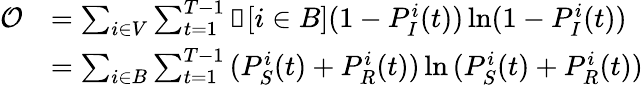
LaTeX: \begin{array}{rl}{\mathcal{O}}&{=\sum_{i\in V}\sum_{t=1}^{T-1}\mathbb{1}[i\in B](1-P_{I}^{i}(t))\ln(1-P_{I}^{i}(t))}\\ &{=\sum_{i\in B}\sum_{t=1}^{T-1}{(P_{S}^{i}(t)+P_{R}^{i}(t))\ln{(P_{S}^{i}(t)+P_{R}^{i}(t))}}}\end{array}